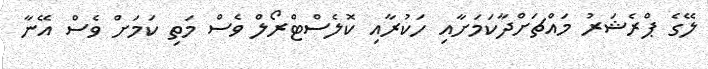
ލޭގެ ޕްރެޝަރު މައްޗަށްދާކަމަށާއި ހަކުރާއި ކޮލެސްޓްރޯލް ވެސް މަތި ކަމަށް ވެސް އޭނާ